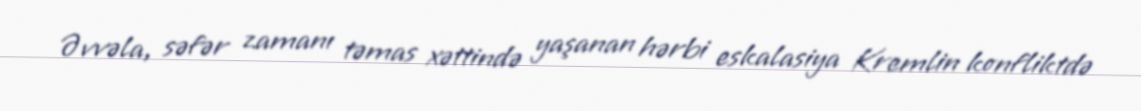
Əvvəla, səfər zamanı təmas xəttində yaşanan hərbi eskalasiya Kremlin konfliktdə